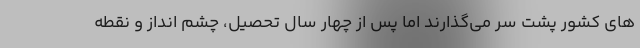
های کشور پشت سر می‌گذارند اما پس از چهار سال تحصیل، چشم انداز و نقطه